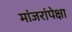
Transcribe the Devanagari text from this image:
मांजरांपेक्षा